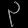
Digit: ၃